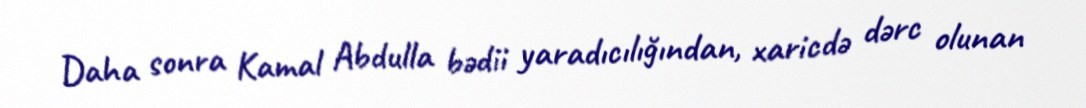
Daha sonra Kamal Abdulla bədii yaradıcılığından, xaricdə dərc olunan